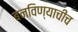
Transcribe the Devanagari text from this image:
बनविण्याचीच